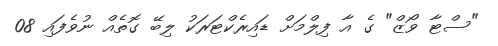
"ސްޓާ ވޯޒް" ގެ އާ ފިލްމަށް ޑައިރެކްޓަރަކު ލިބޭ ގޮތެއް ނުވެފައި 08